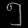
Digit: ၅